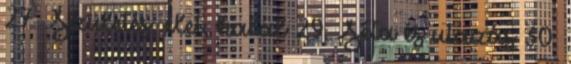
27. Születés, élet, halál 29. Séta és utazás 30.